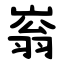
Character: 嵡